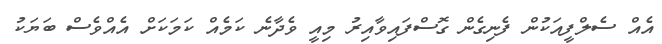
އެއް ސެލްފީއަކުން ފެނިގެން ގޮސްފައިވާއިރު މިއީ ވެދާނެ ކަމެއް ކަމަކަށް އެއްވެސް ބަޔަކު